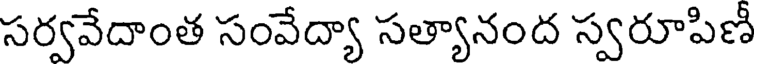
సర్వవేదాంత సంవేద్యా సత్యానంద స్వరూపిణీ